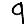
Digit: 9